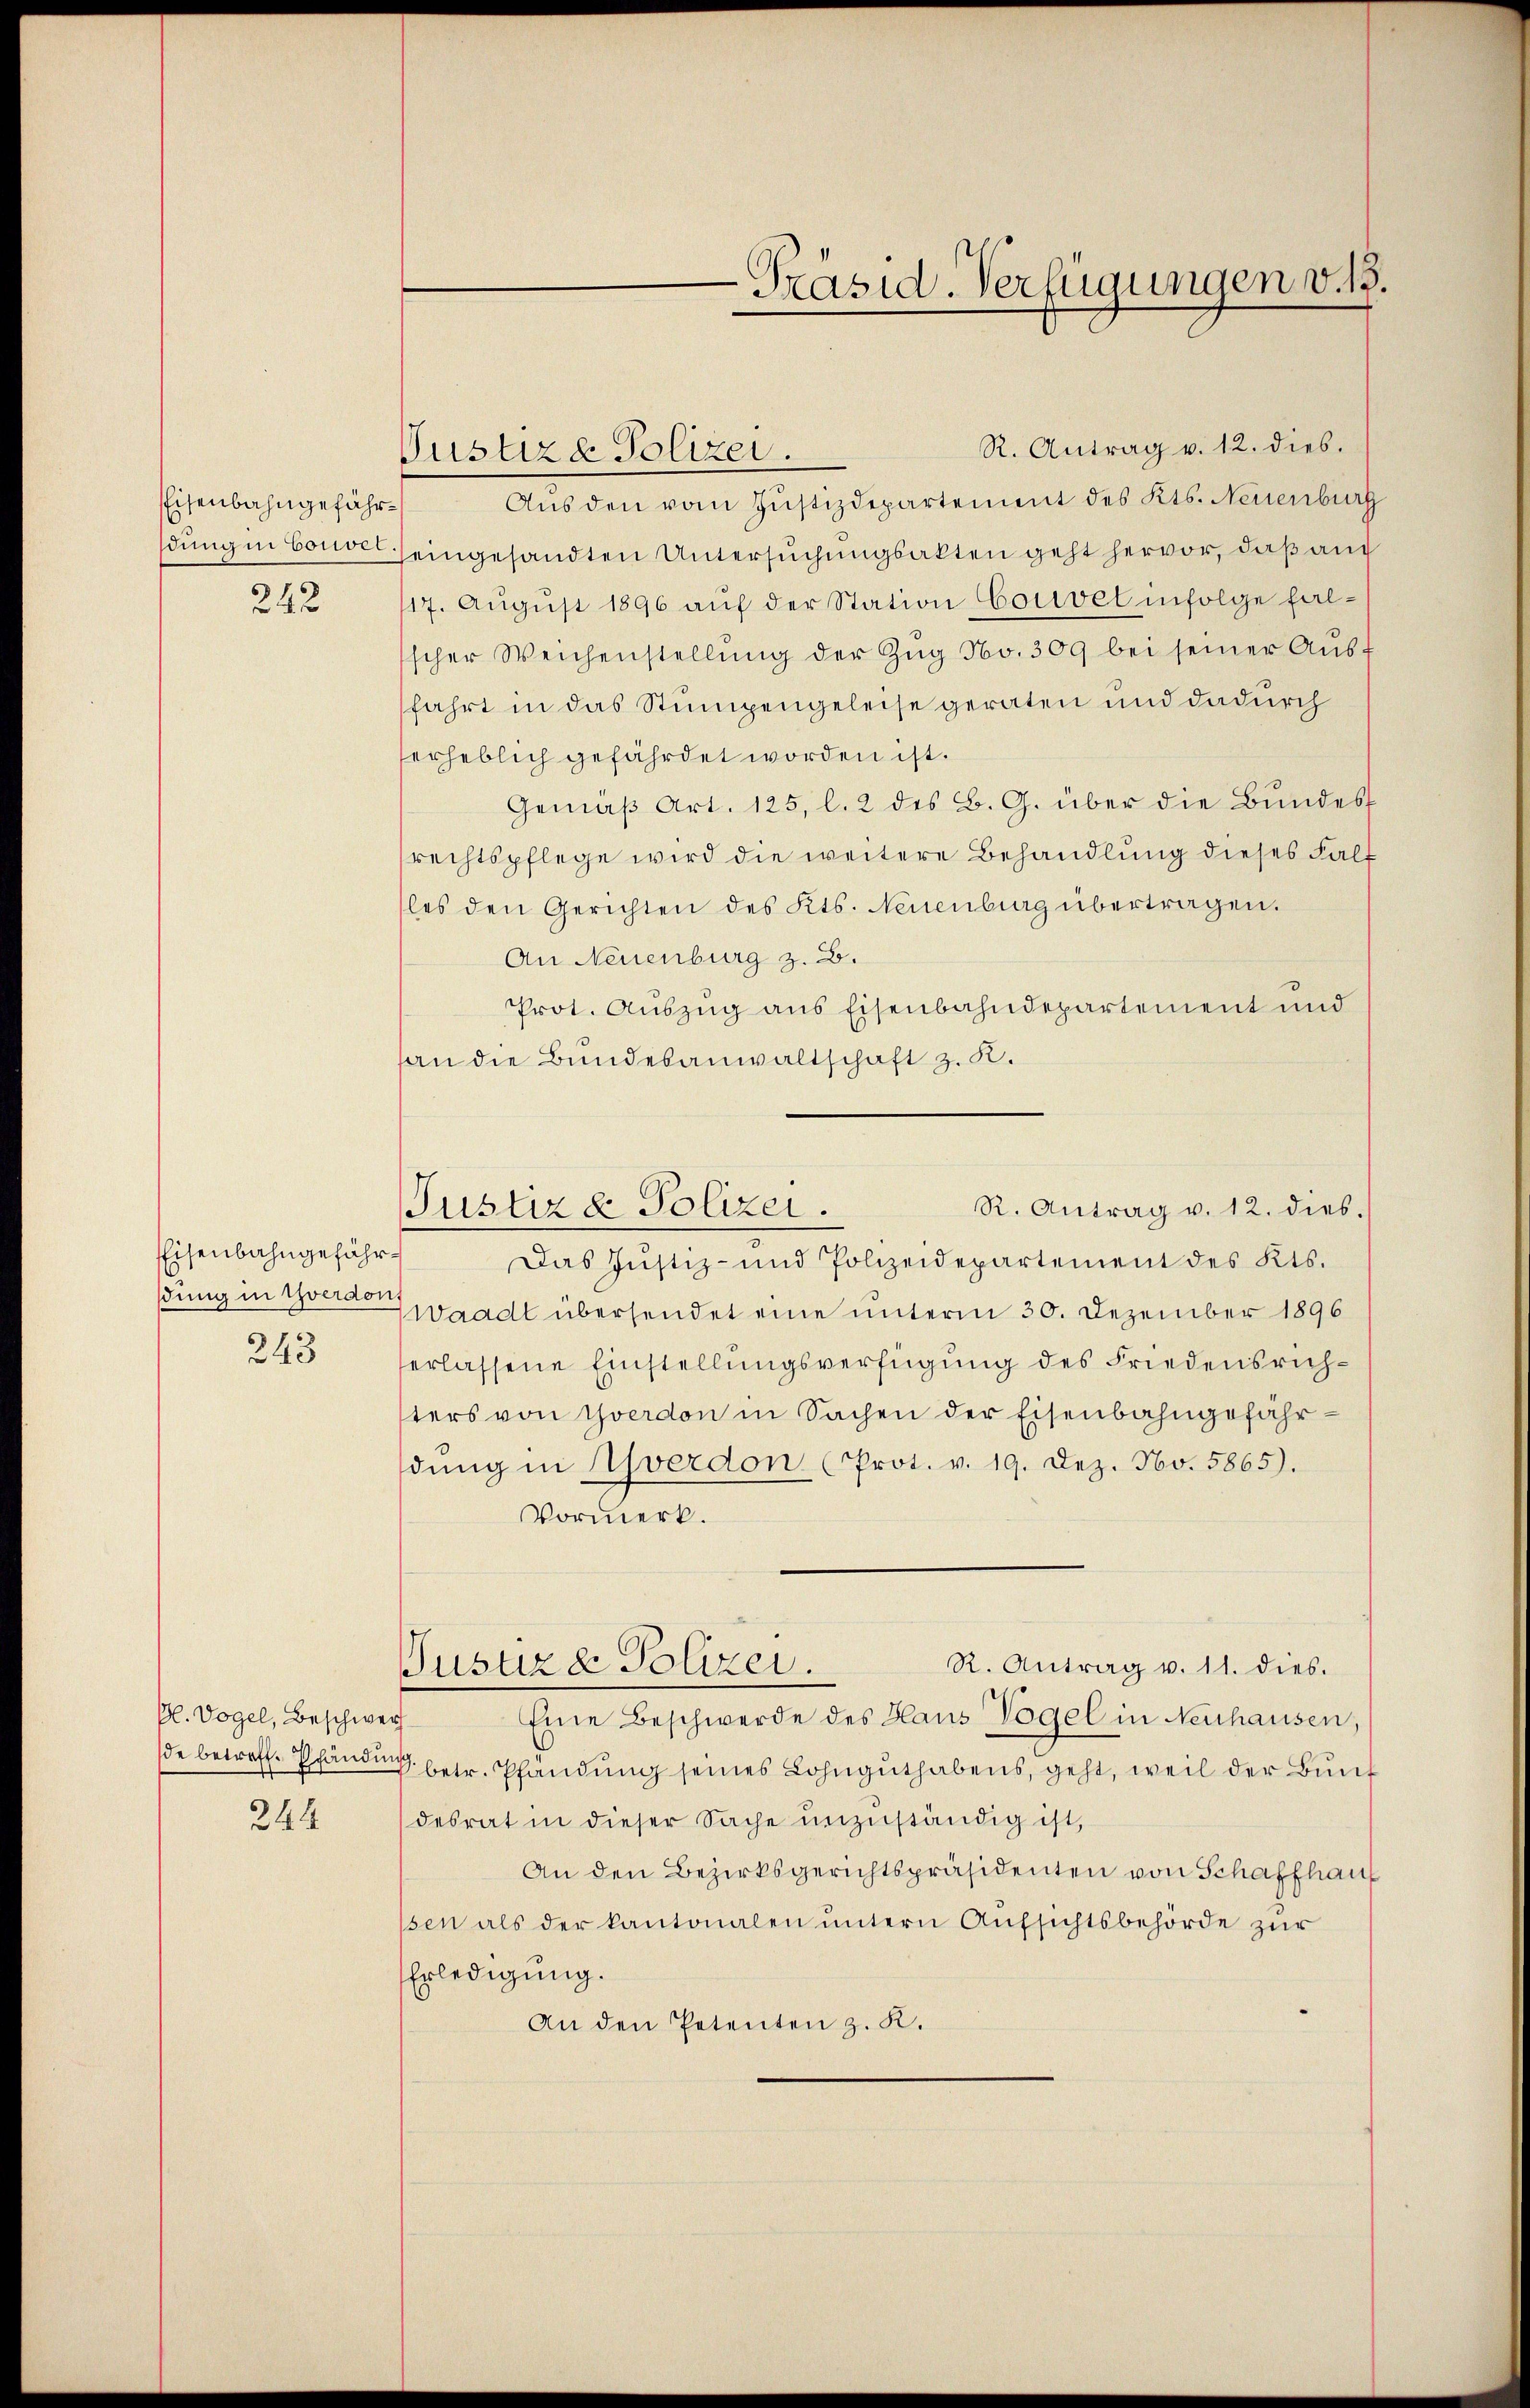
Eisenbahngefährdung in vorwel

242

Eisenbahngefähr
dung in Yverdon,

243

Pl. Vogel, Beschwer

244

R. Antrag v. 12. dies.
Pustiz & Polizei.
Aus den vom Justizdepartement des Kts. Neuenburg
eingesandten Untersuchungsakten geht hervor, daß auch
17. Aŭgŭst 1896 aŭf der Station Couvel infolge falscher Weichenstellŭng der Zŭg No. 309 bei seiner Aŭsf
fahrt in das Stumpengeleise geraten und dadurch
verheblich gefährdet worden ist.
Gemäβ Art. 125, l. 2 des B. G. über die Bundes
rechtspflege wird die weitere Behandlung dieses Falt
les den Gerichten des Kts. Neuenburg übertragen.
An Neuenburg z. B.
Prot. Auszug aus Eisenbahndepartement und
an die Bundesanwaltschaft z. B.
Das Justiz- und Polizeidepartement des Kts.
Waadt übersendet eine unterm 30. Dezember 1896
erlassene Einstellungsverfügung des Friedensrichsters von Yverdon in Sachen der Eisenbahngefährdŭng in verdon (Prot. v. 19. Dez. No. 5865).
Vormerk.
R. Antrag v. 11. dies.
Justiz & Polizei.
Eine Beschwerde des Haus Vogel in Neuhausen,
de betreffe Pfändung betr. Pfandung seines Lohnguthabens, geht, weil der Bunf
desrat in dieser Sache unzuständig ist,
An den Bezirksgerichtspräsidenten von Schaffhaus
ssen als der kantonalen untern Aufsichtsbehörde zur
Erledigung.
An den Petenten z. K.

Präsid. Verfügungen v. 13.

R. Antrag v. 12. dies.
Justiz & Polizei.